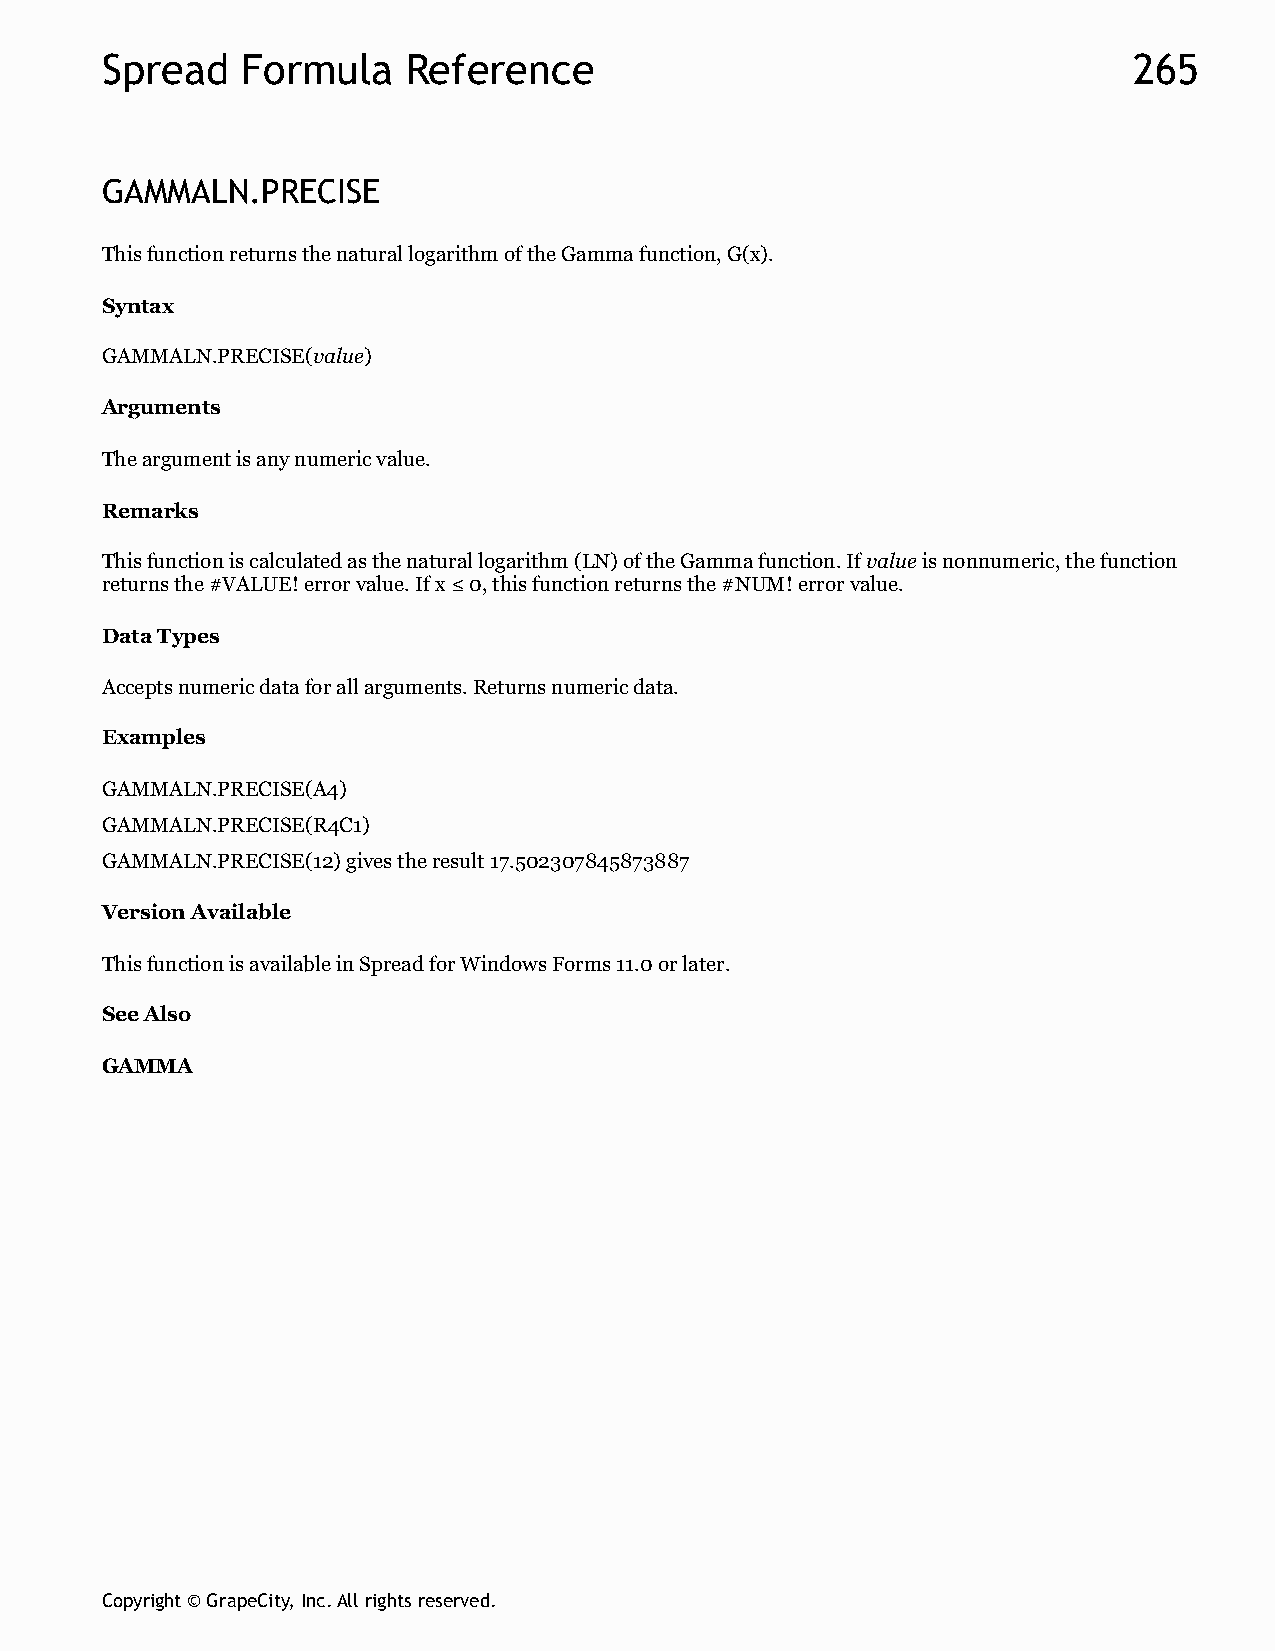
Spread   Formula    Reference                                       265
 GAMMALN.PRECISE
 This function returns the natural logarithm of the Gamma function, G(x).
 Syntax
 GAMMALN.PRECISE(value)
 Arguments
 The argument is any numeric value.
 Remarks
 This function is calculated as the natural logarithm (LN) of the Gamma function. If value is nonnumeric, the function
 returns the #VALUE! error value. If x ≤ 0, this function returns the #NUM! error value.
 Data Types
 Accepts numeric data for all arguments. Returns numeric data.
 Examples
 GAMMALN.PRECISE(A4)
 GAMMALN.PRECISE(R4C1)
 GAMMALN.PRECISE(12) gives the result 17.502307845873887
 Version Available
 This function is available in Spread for Windows Forms 11.0 or later.
 See Also
 GAMMA
 Copyright © GrapeCity, Inc. All rights reserved.